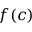
f ( c )